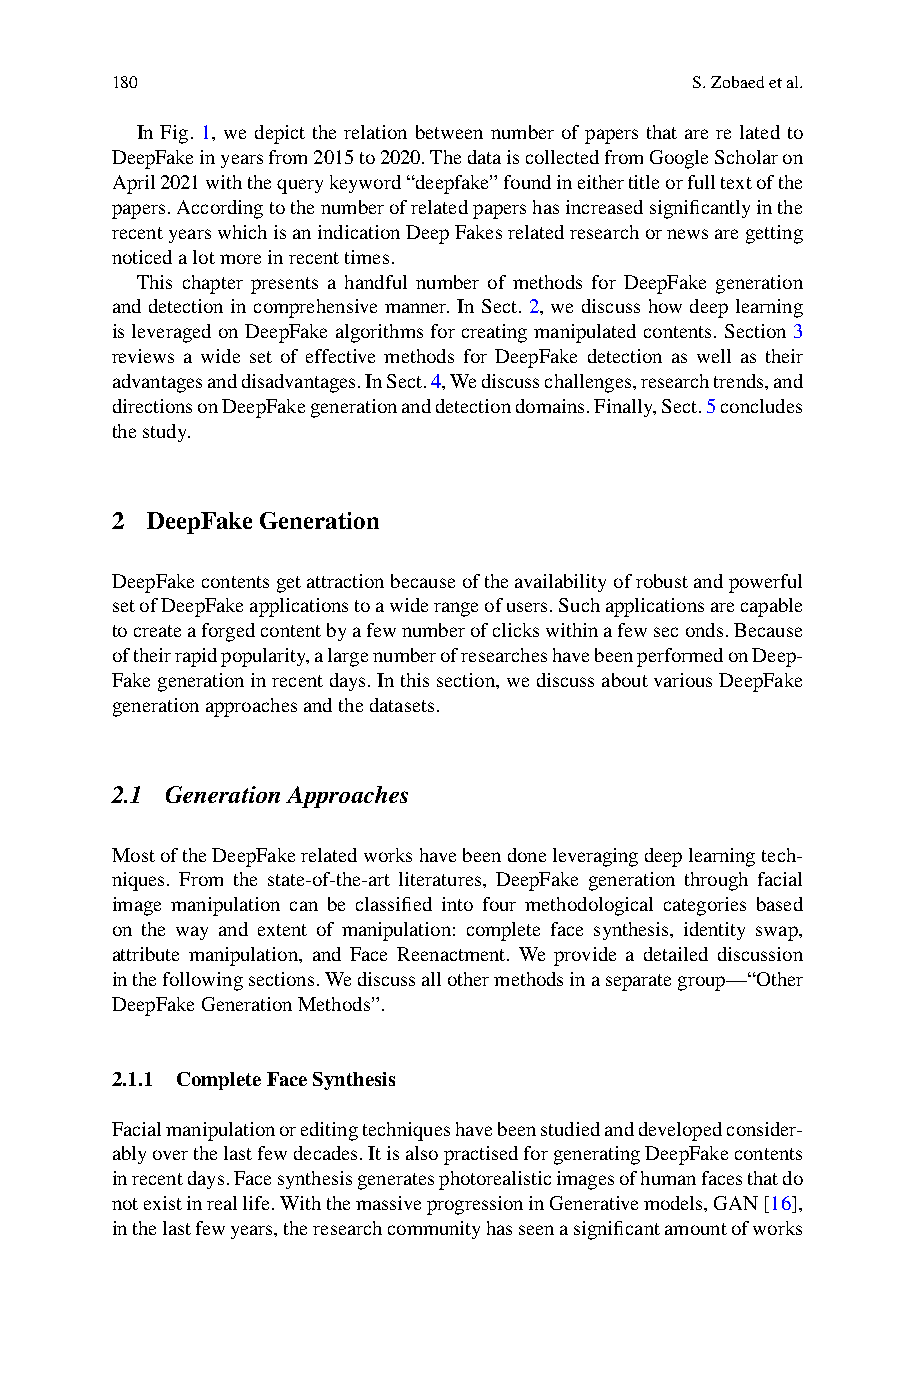
180                                    S.Zobaedetal.
 In Fig. 1, we depict the relation between number of papers that are re lated to
 DeepFakeinyearsfrom2015to2020.ThedataiscollectedfromGoogleScholaron
 April2021withthequerykeyword“deepfake”foundineithertitleorfulltextofthe
 papers.Accordingtothenumberofrelatedpapershasincreasedsignificantlyinthe
 recentyearswhichisanindicationDeepFakesrelatedresearchornewsaregetting
 noticedalotmoreinrecenttimes.
 This chapter presents a handful number of methods for DeepFake generation
 and detection in comprehensive manner. In Sect. 2, we discuss how deep learning
 is leveraged on DeepFake algorithms for creating manipulated contents. Section 3
 reviews a wide set of effective methods for DeepFake detection as well as their
 advantagesanddisadvantages.InSect.4,Wediscusschallenges,researchtrends,and
 directionsonDeepFakegenerationanddetectiondomains.Finally,Sect.5concludes
 thestudy.
 2  DeepFakeGeneration
 DeepFakecontentsgetattractionbecauseoftheavailabilityofrobustandpowerful
 setofDeepFakeapplicationstoawiderangeofusers.Suchapplicationsarecapable
 tocreateaforgedcontentbyafewnumberofclickswithinafewseconds.Because
 oftheirrapidpopularity,alargenumberofresearcheshavebeenperformedonDeep-
 Fakegenerationinrecentdays.Inthissection,wediscussaboutvariousDeepFake
 generationapproachesandthedatasets.
 2.1 GenerationApproaches
 MostoftheDeepFakerelatedworkshavebeendoneleveragingdeeplearningtech-
 niques. From the state-of-the-art literatures, DeepFake generation through facial
 image manipulation can be classified into four methodological categories based
 on the way and extent of manipulation: complete face synthesis, identity swap,
 attribute manipulation, and Face Reenactment. We provide a detailed discussion
 inthefollowingsections.Wediscussallothermethodsinaseparategroup—“Other
 DeepFakeGenerationMethods”.
 2.1.1 CompleteFaceSynthesis
 Facialmanipulationoreditingtechniqueshavebeenstudiedanddevelopedconsider-
 ablyoverthelastfewdecades.ItisalsopractisedforgeneratingDeepFakecontents
 inrecentdays.Facesynthesisgeneratesphotorealisticimagesofhumanfacesthatdo
 notexistinreallife.WiththemassiveprogressioninGenerativemodels,GAN[16],
 inthelastfewyears,theresearchcommunityhasseenasignificantamountofworks